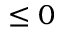
\leq 0